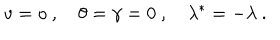
v = o \ , \quad \theta = \gamma = 0 \ , \quad \lambda ^ { * } = - \lambda \ .